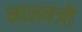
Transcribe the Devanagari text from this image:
मालवजी